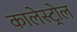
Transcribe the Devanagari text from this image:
कालेस्ट्रोल